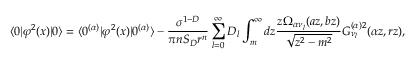
\langle 0 | \varphi ^ { 2 } ( x ) | 0 \rangle = \langle 0 ^ { ( \alpha ) } | \varphi ^ { 2 } ( x ) | 0 ^ { ( \alpha ) } \rangle - \frac { \sigma ^ { 1 - D } } { \pi n S _ { D } r ^ { n } } \sum _ { l = 0 } ^ { \infty } D _ { l } \int _ { m } ^ { \infty } d z \frac { z \Omega _ { \alpha \nu _ { l } } ( a z , b z ) } { \sqrt { z ^ { 2 } - m ^ { 2 } } } G _ { \nu _ { l } } ^ { ( \alpha ) 2 } ( \alpha z , r z ) ,